Language: tamil
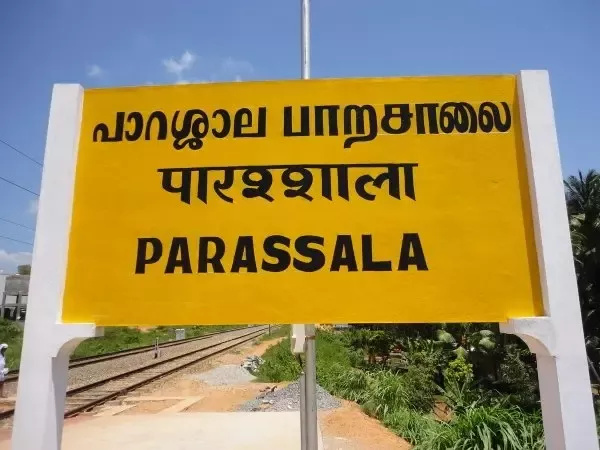
Transcription: பாறசாலை